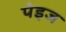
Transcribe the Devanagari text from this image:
पेइज